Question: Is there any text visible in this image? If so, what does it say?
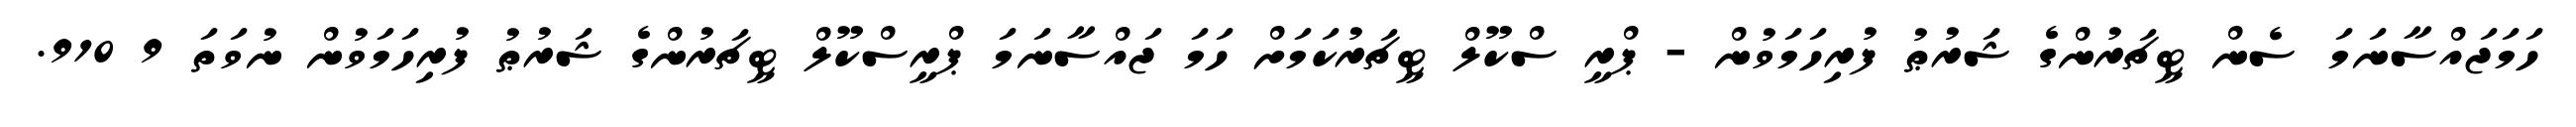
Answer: ހަމަޖައްސާނަމަ ސެން ޓީޗަރުންގެ ޝަރުޠު ފުރިހަމަވުން - ޕްރީ ސްކޫލް ޓީޗަރުކަމަށް ހަމަ ޖައްސާނަމަ ޕްރީސްކޫލް ޓީޗަރުންގެ ޝަރުޠު ފުރިހަމަވުން ނުވަތަ 9 910.